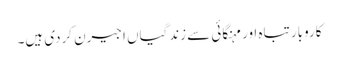
کاروبار تباہ اور مہنگائی سے زندگیاں اجیرن کردی ہیں۔